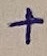
Text: +